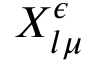
X _ { l \mu } ^ { \epsilon }